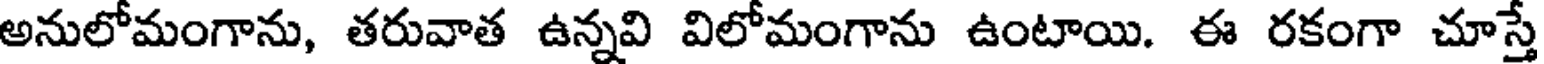
అనులోమంగాను, తరువాత ఉన్నవి విలోమంగాను ఉంటాయి. ఈ రకంగా చూస్తే